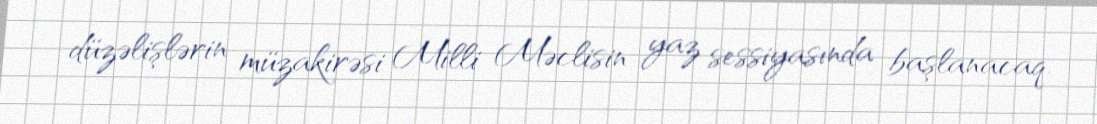
düzəlişlərin müzakirəsi Milli Məclisin yaz sessiyasında başlanacaq.